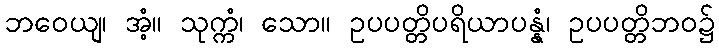
ဘဝေယျ၊ အံ့။ သုက္ကံ၊ သော။ ဥပပတ္တိပရိယာပန္နံ၊ ဥပပတ္တိဘဝ၌